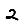
Digit: 2